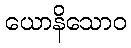
ယောနိသောဝ